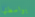
بواسطتها